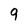
Character: 9